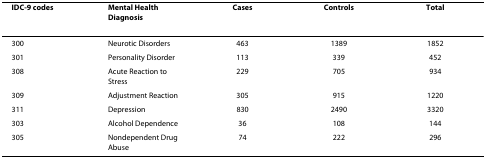
<table><thead><tr><td><b>IDC-9 codes</b></td><td><b>Mental Health Diagnosis</b></td><td><b>Cases</b></td><td><b>Controls</b></td><td><b>Total</b></td></tr></thead><tbody><tr><td>300</td><td>Neurotic Disorders</td><td>463</td><td>1389</td><td>1852</td></tr><tr><td>301</td><td>Personality Disorder</td><td>113</td><td>339</td><td>452</td></tr><tr><td>308</td><td>Acute Reaction to Stress</td><td>229</td><td>705</td><td>934</td></tr><tr><td>309</td><td>Adjustment Reaction</td><td>305</td><td>915</td><td>1220</td></tr><tr><td>311</td><td>Depression</td><td>830</td><td>2490</td><td>3320</td></tr><tr><td>303</td><td>Alcohol Dependence</td><td>36</td><td>108</td><td>144</td></tr><tr><td>305</td><td>Nondependent Drug Abuse</td><td>74</td><td>222</td><td>296</td></tr></tbody></table>